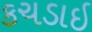
કચડાઇ